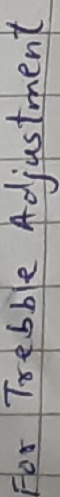
Text: For Treble Adjustment